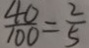
\frac { 4 0 } { 1 0 0 } = \frac { 2 } { 5 }